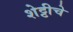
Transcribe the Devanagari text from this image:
शेट्टीचे